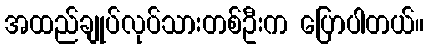
အထည်ချုပ်လုပ်သားတစ်ဦးက ပြောပါတယ်။